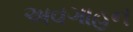
અવગાહન